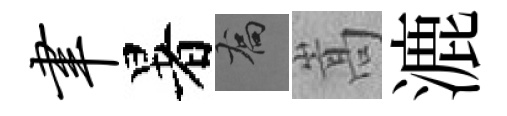
聿暑喬嵩漉